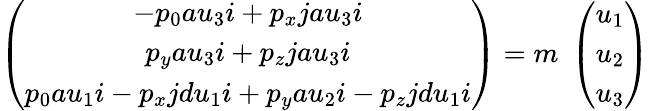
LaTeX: \left(\begin{array}{c}{{-p_{0}au_{3}i+p_{x}jau_{3}i}}\\ {{p_{y}au_{3}i+p_{z}jau_{3}i}}\\ {{p_{0}au_{1}i-p_{x}jdu_{1}i+p_{y}au_{2}i-p_{z}jdu_{1}i}}\end{array}\right)=m\; \left(\begin{array}{c}{{u_{1}}}\\ {{u_{2}}}\\ {{u_{3}}}\end{array}\right)